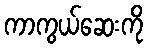
ကာကွယ်ဆေးကို